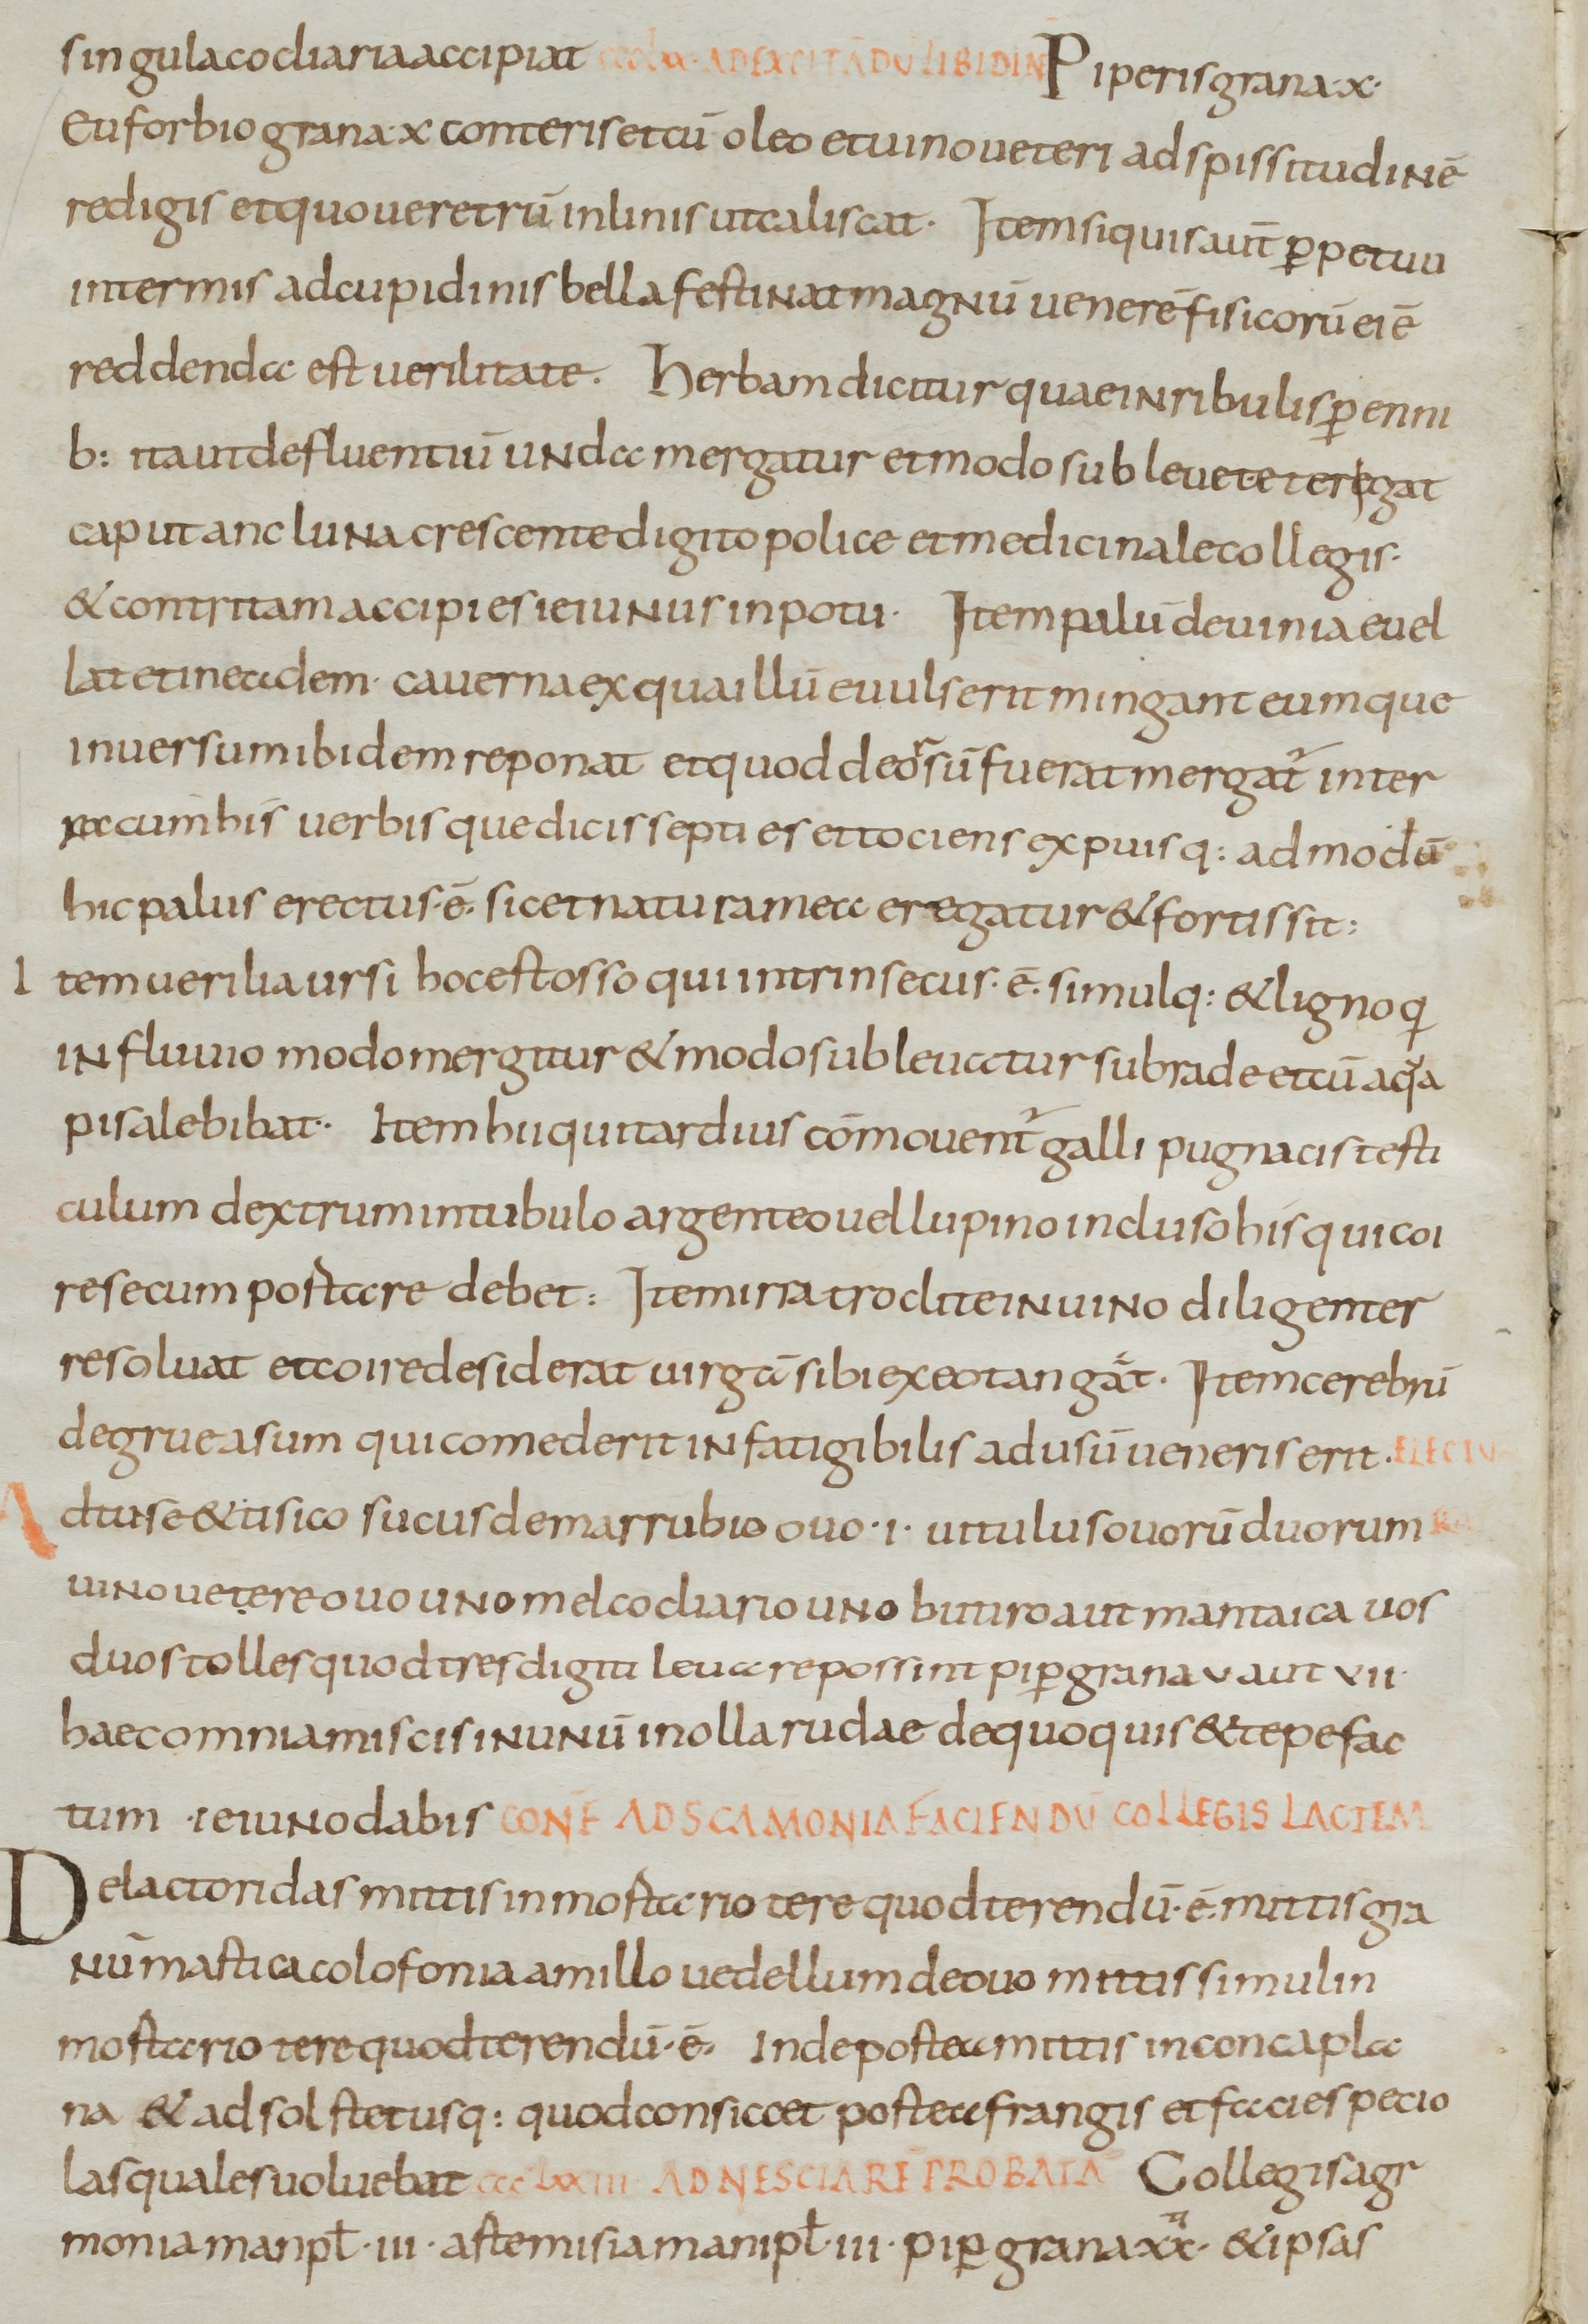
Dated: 800–899